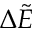
\Delta \tilde { E }